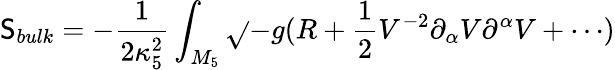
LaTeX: \mathsf{S}_{bulk}=-\frac{{1}}{{2\kappa_{5}^{2}}}\int_{M_{5}}{\sqrt{}{{-g}}(R+\frac{{1}}{{2}}V^{-2}\partial_{\alpha}V\partial^{\alpha}V+\cdots)}